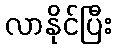
လာနိုင်ပြီး